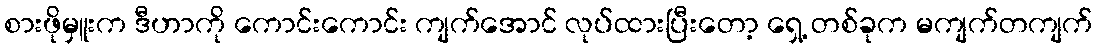
စားဖိုမှူးက ဒီဟာကို ကောင်းကောင်း ကျက်အောင် လုပ်ထားပြီးတော့ ရှေ့ တစ်ခုက မကျက်တကျက်